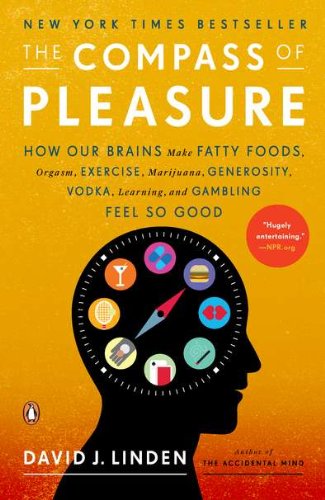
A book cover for The Compass of Pleasure: How Our Brains Make Fatty Foods, Orgasm, Exercise, Marijuana, Generosity, Vodka,  Learning, and Gambling Feel So Good; David J. Linden; Health, Fitness & Dieting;